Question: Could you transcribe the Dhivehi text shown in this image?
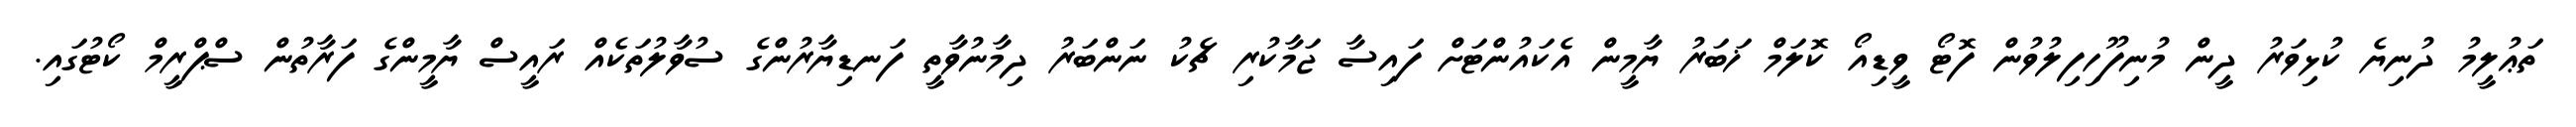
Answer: ތަޢުލީމު ދުނިޔެ ކުޅިވަރު ދީން މުނިފޫހިފިލުވުން ފޮޓޯ ވީޑިއޯ ކޮލަމް ޚަބަރު ޔާމީން އެކައުންޓަށް ފައިސާ ޖަމާކުރި ޗެކު ނަންބަރު ދިމާނުވާތީ ފަނޑިޔާރުންގެ ސުވާލުތަކެއް ރައީސް ޔާމީންގެ ފަރާތުން ސްޕްރީމް ކޯޓުގައި.